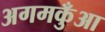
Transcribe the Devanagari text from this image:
अगमकुँआ